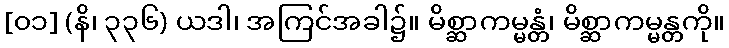
[၀၁] (နိ၊ ၃၃၆) ယဒါ၊ အကြင်အခါ၌။ မိစ္ဆာကမ္မန္တံ၊ မိစ္ဆာကမ္မန္တကို။